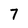
Character: 7